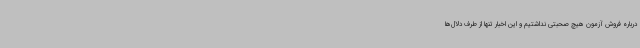
درباره فروش آزمون هیچ صحبتی نداشتیم و این اخبار تنها از طرف دلال‌ها